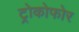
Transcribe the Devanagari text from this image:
ट्रोकोफोर